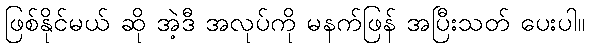
ဖြစ်နိုင်မယ် ဆို အဲ့ဒီ အလုပ်ကို မနက်ဖြန် အပြီးသတ် ပေးပါ။